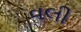
વલી